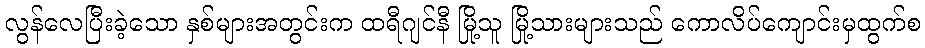
လွန်လေပြီးခဲ့သော နှစ်များအတွင်းက ထရီဂျင်နီ မြို့သူ မြို့သားများသည် ကောလိပ်ကျောင်းမှထွက်စ